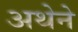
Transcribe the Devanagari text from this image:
अथेने